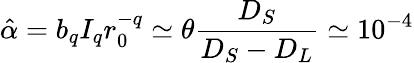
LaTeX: \hat{\alpha}=b_{q}I_{q}r_{0}^{-q}\simeq\theta\frac{D_{S}}{D_{S}-D_{L}}\simeq 10^{-4}